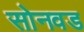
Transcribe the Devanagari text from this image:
सोनवड